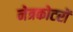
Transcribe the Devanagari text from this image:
नेत्रकोटरों